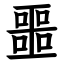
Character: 噩